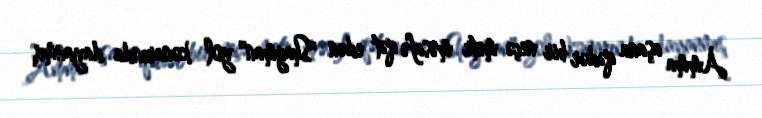
Amma aşana qədər bir neçə metr məsafə qət edən "Shagman" yol kənarında dayanmış